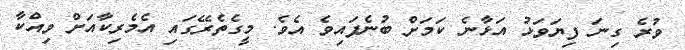
ވުރެ ގިނަ ފިޔަވަޅު އަޅާނެ ކަމަށް ބުނެފައިވެ އެވެ. މީގެތެރޭގައި އެމެރިކާއަށް ވިއްކާ